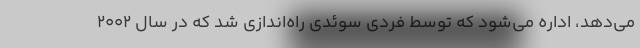
می‌دهد، اداره می‌شود که توسط فردی سوئدی راه‌اندازی شد که در سال ۲۰۰۲